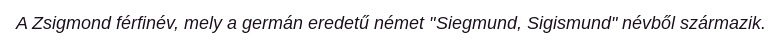
A Zsigmond férfinév, mely a germán eredetű német "Siegmund, Sigismund" névből származik.